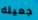
جميله